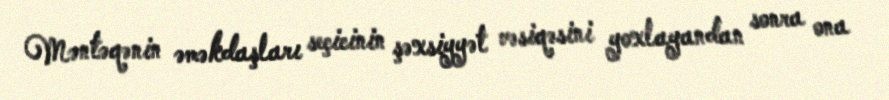
Məntəqənin əməkdaşları seçicinin şəxsiyyət vəsiqəsini yoxlayandan sonra ona